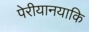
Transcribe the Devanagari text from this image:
पेरीयानयाकि